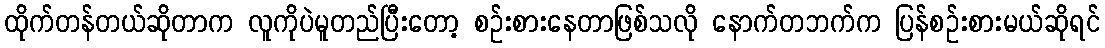
ထိုက်တန်တယ်ဆိုတာက လူကိုပဲမူတည်ပြီးတော့ စဉ်းစားနေတာဖြစ်သလို နောက်တဘက်က ပြန်စဉ်းစားမယ်ဆိုရင်